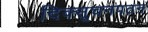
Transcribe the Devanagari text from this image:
दिक्सूचनपठन